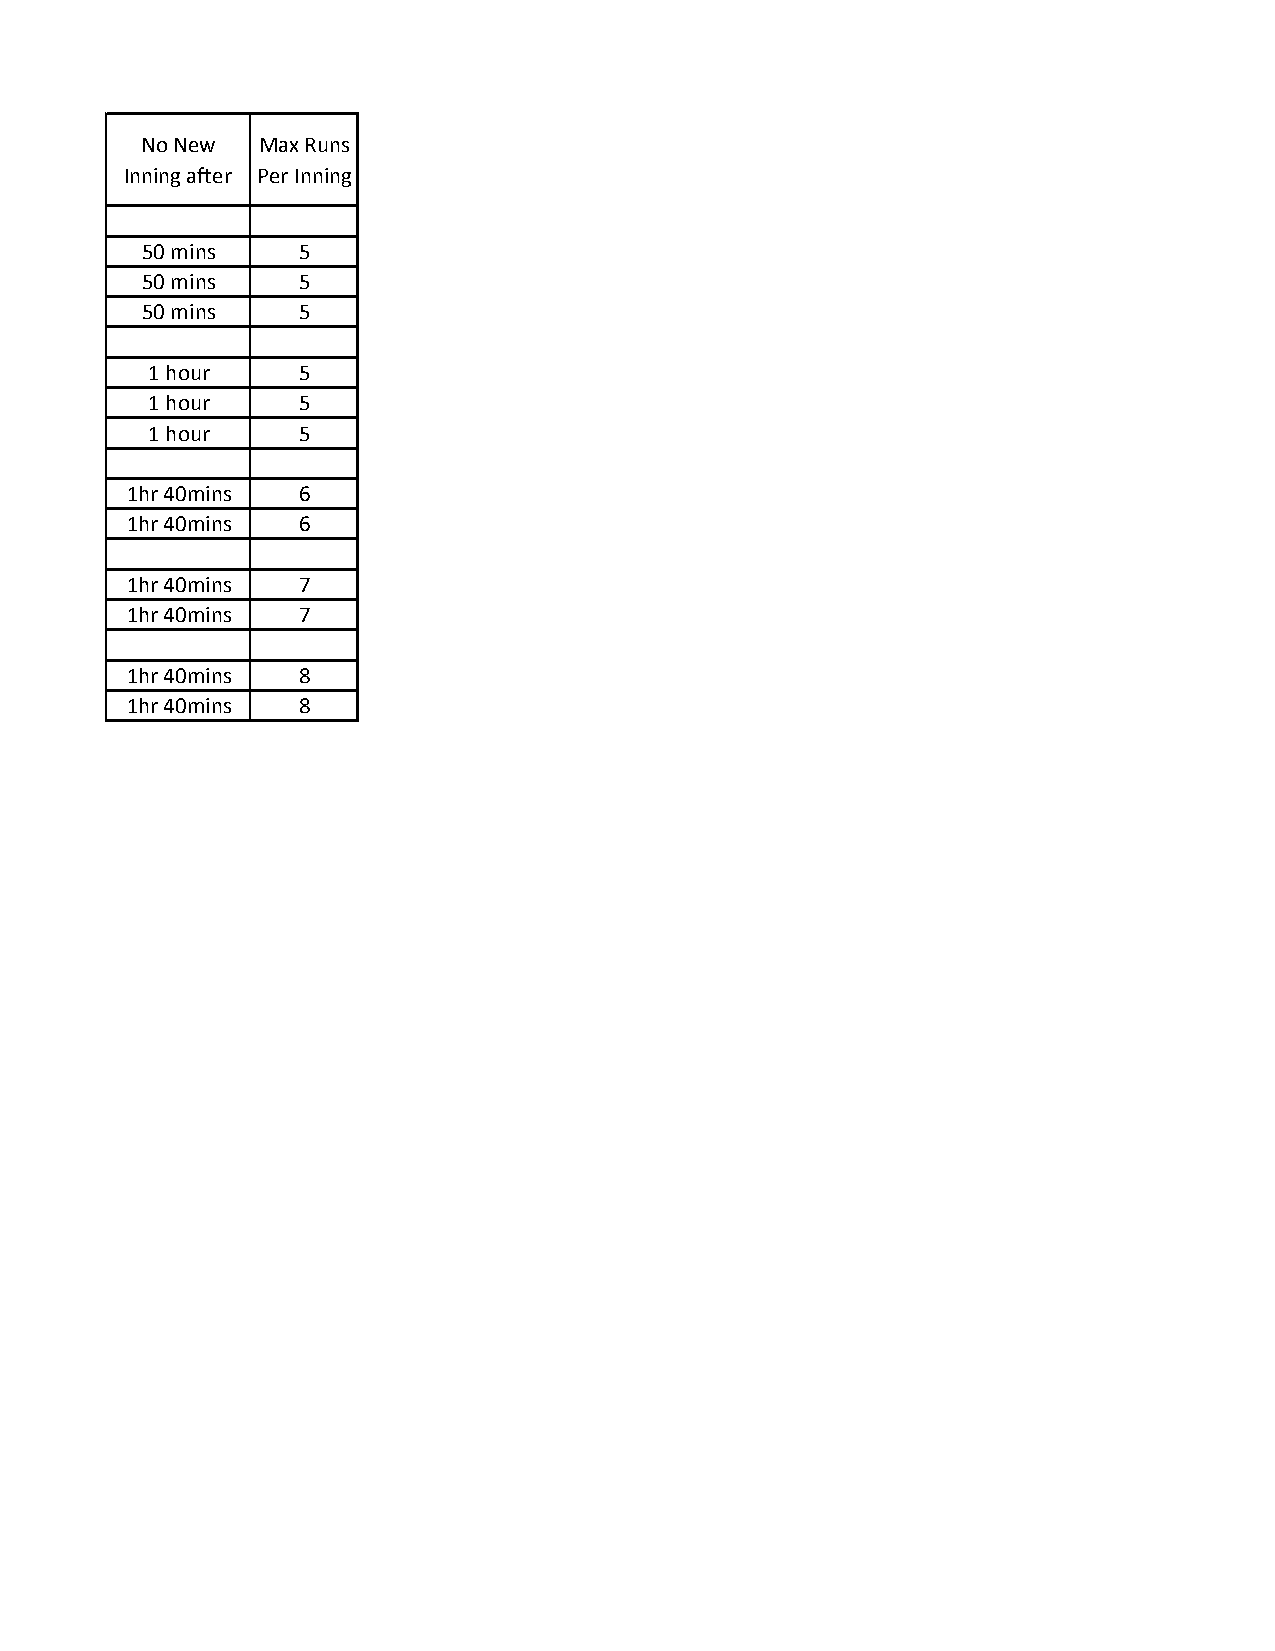
No New  Max Runs
 Inning after Per Inning
 50 mins    5
 50 mins    5
 50 mins    5
 1 hour    5
 1 hour    5
 1 hour    5
 1hr 40mins  6
 1hr 40mins  6
 1hr 40mins  7
 1hr 40mins  7
 1hr 40mins  8
 1hr 40mins  8